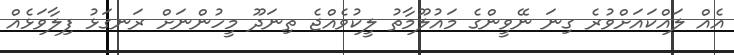
އެއް ލައްކައަށްވުރެ ގިނަ ނޭވީންގެ މައުލޫމާތު ލީކުވެއްޖެ ތިނަދޫ މީހުންނަށް ރަނގަޅު ފިލާވަޅެއް